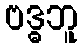
ဗဒ္ဓဘူ